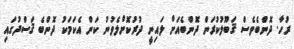
ރުހާ. ދޮންބެވެސް ޤަބޫލުކުރަން ދޮންބެއަށް ލައިނީ ދުރުކޮށްލެވުނު ކަން އެކަމަކު ދޮންބެ ޤަސްދުގައި